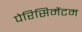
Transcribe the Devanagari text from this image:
पेरिसिमेंटम